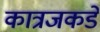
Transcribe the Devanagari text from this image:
कात्रजकडे